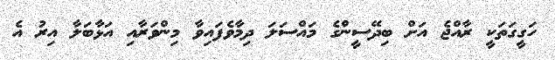
ހަގީގަތަކީ ރާއްޖެ އަށް ބިދޭސީންގެ މައްސަލަ ދިމާވެފައިވާ މިންވަރާއި އަޅާބަލާ އިރު އެ